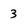
Character: 3